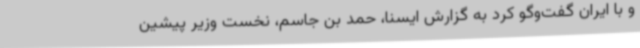
و با ایران گفت‌وگو کرد به گزارش ایسنا، حمد بن جاسم، نخست وزیر پیشین